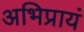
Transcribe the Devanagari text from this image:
अभिप्रायं